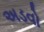
અડવો